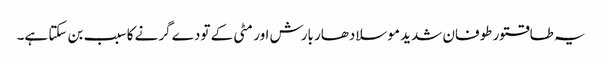
یہ طاقتور طوفان شدید موسلادھار بارش اور مٹی کے تودے گرنے کا سبب بن سکتا ہے۔